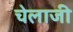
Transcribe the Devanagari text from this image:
चेलाजी